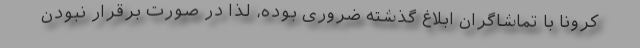
کرونا با تماشاگران ابلاغ گذشته ضروری بوده، لذا در صورت برقرار نبودن